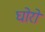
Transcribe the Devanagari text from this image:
घोरो